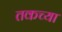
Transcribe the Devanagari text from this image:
तकच्या